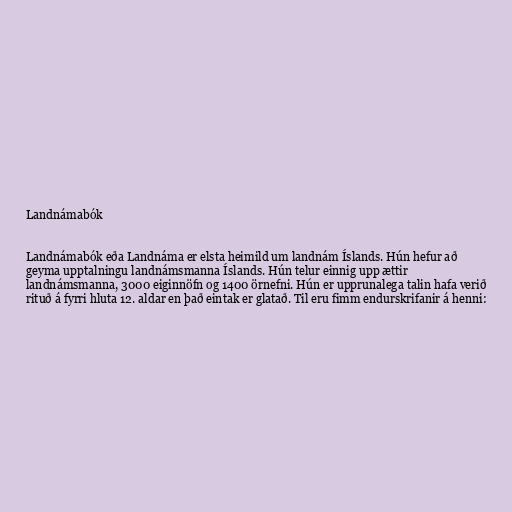
Landnámabók

Landnámabók eða Landnáma er elsta heimild um landnám Íslands. Hún hefur að
geyma upptalningu landnámsmanna Íslands. Hún telur einnig upp ættir
landnámsmanna, 3000 eiginnöfn og 1400 örnefni. Hún er upprunalega talin hafa verið
rituð á fyrri hluta 12. aldar en það eintak er glatað. Til eru fimm endurskrifanir á henni: